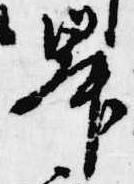
昇